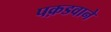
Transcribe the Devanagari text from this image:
पक़डवाने